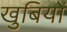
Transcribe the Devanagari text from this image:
खुबियों